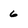
Character: 6